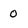
Character: 0